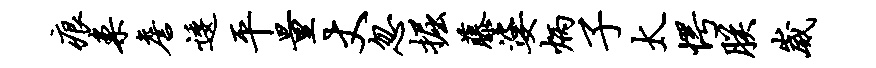
痕案詹逶平量丈忽掘藤婆炳子太愕朕崴